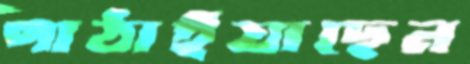
পাঠাইয়াছেন